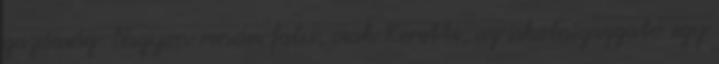
gazdaság. Nagyon rendes falu, csak Keretti, az iskolaigazgató egy